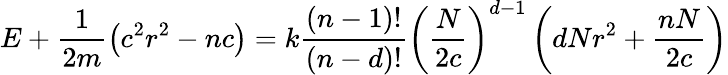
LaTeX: E+\frac{1}{2m}\left(c^{2}r^{2}-nc\right)=k\frac{\left(n-1\right)!}{\left(n-d\right)!}\left(\frac{N}{2c}\right)^{d-1}\left(dNr^{2}+\frac{nN}{2c}\right)